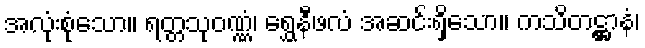
အလုံးစုံသော။ ရတ္တသုဝဏ္ဏံ၊ ရွှေနီဖလံ အဆင်းရှိသော။ ကသိတဋ္ဌာနံ၊